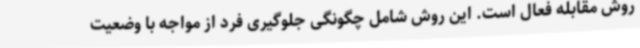
روش مقابله فعال است. این روش شامل چگونگی جلوگیری فرد از مواجه با وضعیت